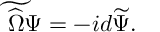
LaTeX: \widetilde { \widehat \Omega \Psi } = - i d \widetilde \Psi .